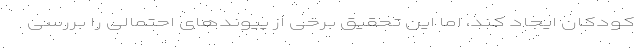
کودکان ایجاد کند، اما این تحقیق برخی از پیوندهای احتمالی را بررسی